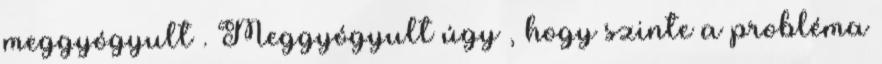
meggyógyult . Meggyógyult úgy , hogy szinte a probléma